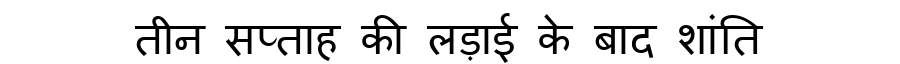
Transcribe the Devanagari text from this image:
तीन सप्ताह की लड़ाई के बाद शांति